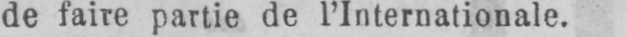
de faire partie de l’Internationale.